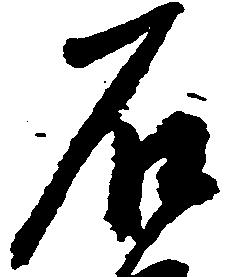
石